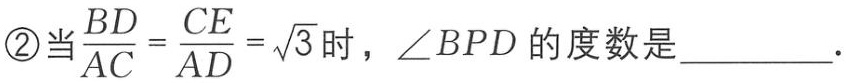
\textcircled{2}当$\frac{BD}{AC}=\frac{CE}{AD}=\sqrt{3}$时，$\angle BPD$的度数是_________.